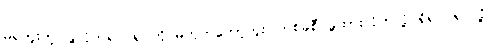
မရဘူးတဲ့၊ ခွဲလိုက်ရင် ရုပ်ကို မဟုတ်တော့ဘူး၊ တစ်ခုစီ ခွဲထားလိုက်လို့ ရှိရင် ရုပ်လို့